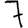
Digit: 7